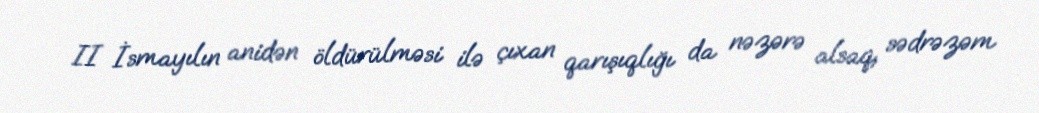
II İsmayılın anidən öldürülməsi ilə çıxan qarışıqlığı da nəzərə alsaq, sədrəzəm